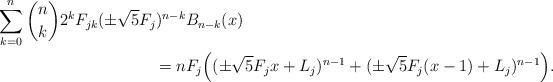
LaTeX: \begin{align*}\sum_{k=0}^n {n\choose k} 2^k F_{jk} (\pm \sqrt{5}F_j)^{n-k} &B_{n-k}(x) \\= n & F_j \Big ((\pm\sqrt{5}F_j x + L_{j} )^{n-1}+ (\pm\sqrt{5}F_j (x-1) + L_{j} )^{n-1}\Big ).\end{align*}